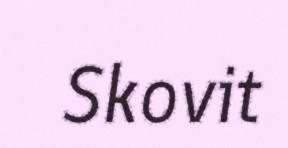
Skovit